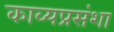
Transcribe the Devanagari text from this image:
काव्यप्रसंशा